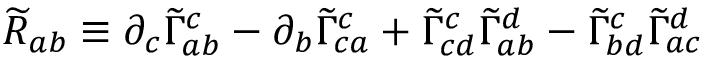
{ \widetilde { R } } _ { a b } \equiv \partial _ { c } { \widetilde { \Gamma } } _ { a b } ^ { c } - \partial _ { b } { \widetilde { \Gamma } } _ { c a } ^ { c } + { \widetilde { \Gamma } } _ { c d } ^ { c } { \widetilde { \Gamma } } _ { a b } ^ { d } - { \widetilde { \Gamma } } _ { b d } ^ { c } { \widetilde { \Gamma } } _ { a c } ^ { d }